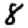
Digit: 8